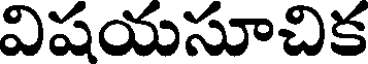
విషయసూచిక